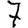
Digit: 7